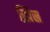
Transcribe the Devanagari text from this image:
ख़िस्र